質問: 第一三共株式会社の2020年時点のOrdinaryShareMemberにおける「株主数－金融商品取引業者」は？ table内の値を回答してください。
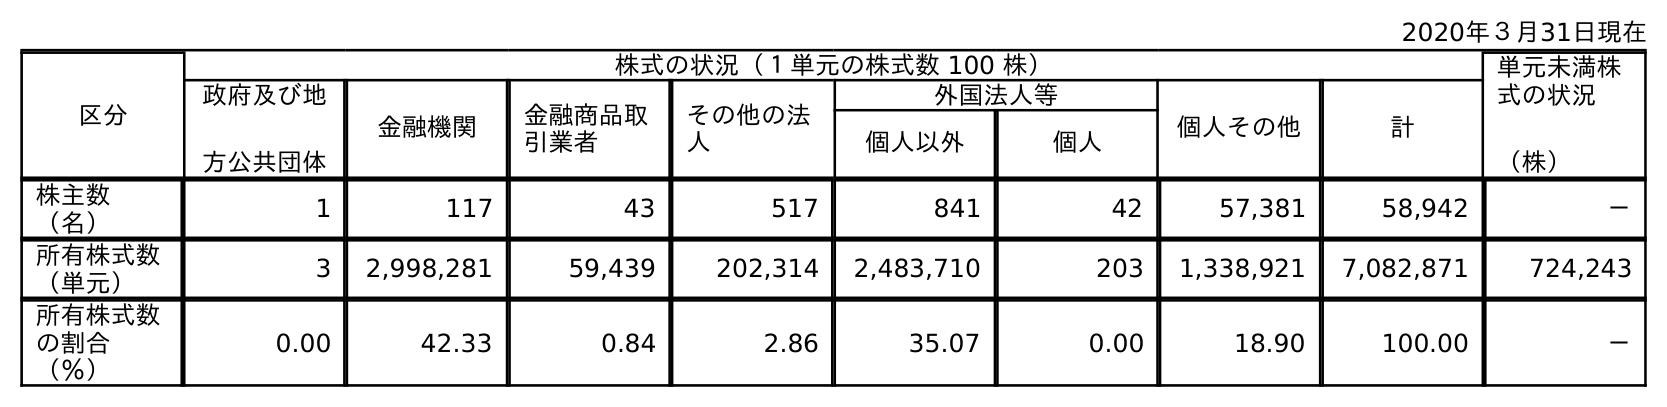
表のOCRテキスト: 2020年３月31日現在 区分 株式の状況（１単元の株式数 100 株） 単元未満株 式の状況 （株） 政府及び地 方公共団体 金融機関 金融商品取 引業者 その他の法 人 外国法人等 個人その他 計 個人以外 個人 株主数 （名） 1 117 43 517 841 42 57,381 58,942 － 所有株式数 （単元） 3 2,998,281 59,439 202,314 2,483,710 203 1,338,921 7,082,871 724,243 所有株式数 の割合 （％） 0.00 42.33 0.84 2.86 35.07 0.00 18.90 100.00 －
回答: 43